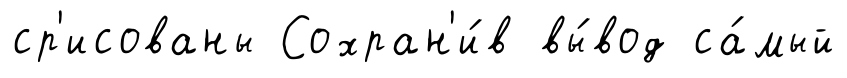
ср'исованы Сохран'и́в вы́вод са́мый